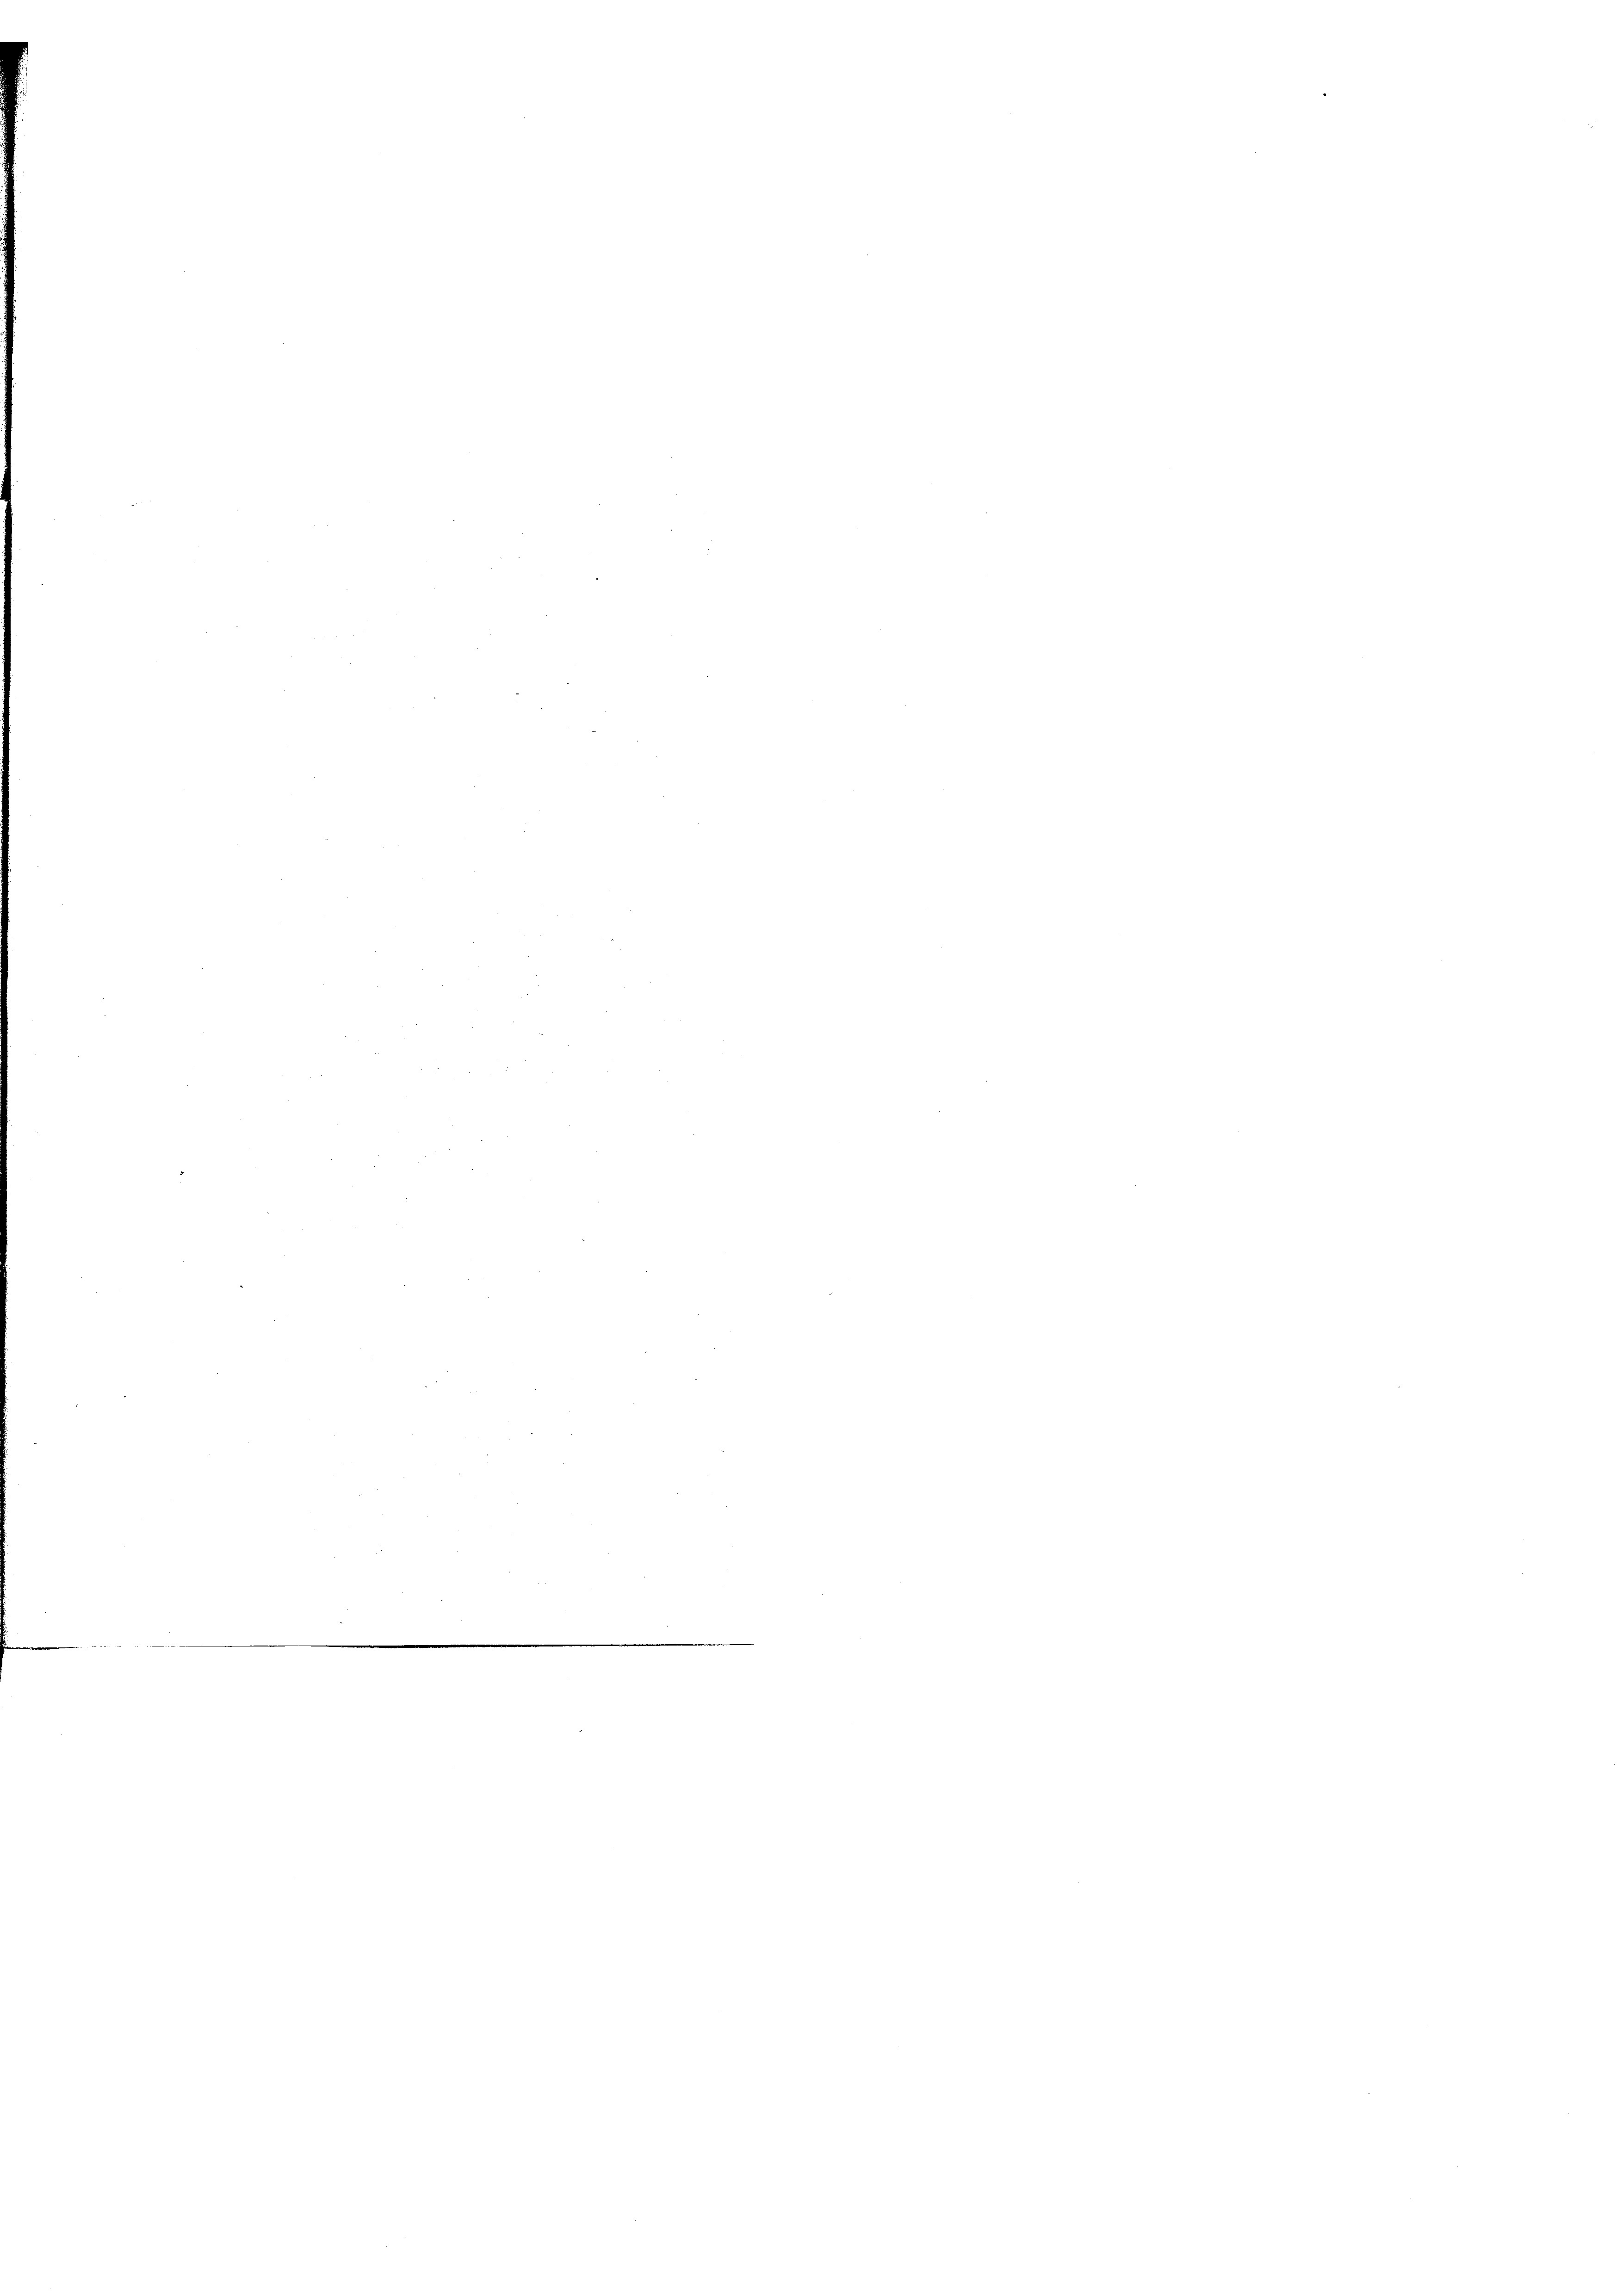
.